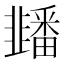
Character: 䪤